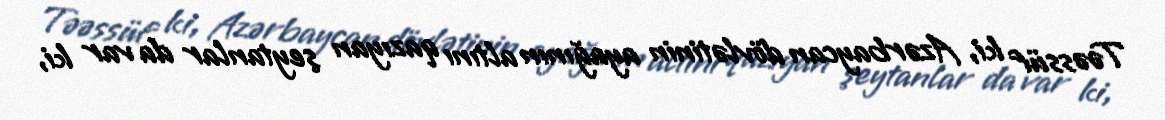
Təəssüf ki, Azərbaycan dövlətinin ayağının altını qazıyan şeytanlar da var ki,